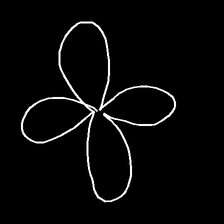
Glyph: billowing